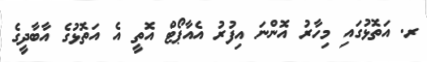
ރ. އަތޮޅުގައި މިހާރު އޮންނަ އިފުރު އެއާޕޯޓް އޮތީ އެ އަތޮޅުގެ އާބާދީގެ